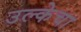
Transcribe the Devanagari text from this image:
उल्केचा